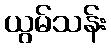
ယွမ်သန်း